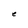
Character: e